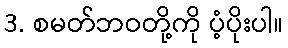
3. စမတ်ဘဝတို့ကို ပံ့ပိုးပါ။